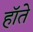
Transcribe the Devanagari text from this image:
हॉते